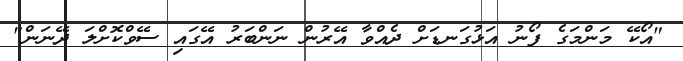
"އޯކޭ މަންމަގެ ފޯނު އަޅުގަނޑަށް ދެއްވާ އޭރުން ނަންބަރު އޭގައި ސޭވްކޮށްލަ ދޭނަން"